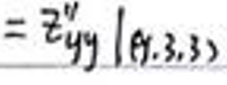
$= z ^ { \prime \prime } y y \vert ( 0, 3, 3 )$